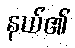
နယ်၏